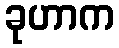
ခုဟာက